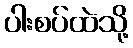
ပါးစပ်ထဲသို့